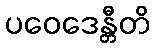
ပဝေဒေန္တီတိ